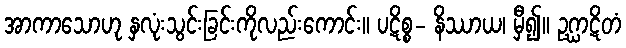
အာကာသောဟု နှလုံးသွင်းခြင်းကိုလည်းကောင်း။ ပဋိစ္စ- နိဿာယ၊ မှီ၍။ ဥဂ္ဃာဋိတံ